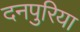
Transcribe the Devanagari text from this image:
दनपुरिया